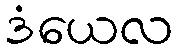
ဒံယေလ